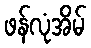
ဖန်လုံအိမ်